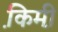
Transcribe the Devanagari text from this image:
कि़मी़